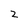
Character: Z